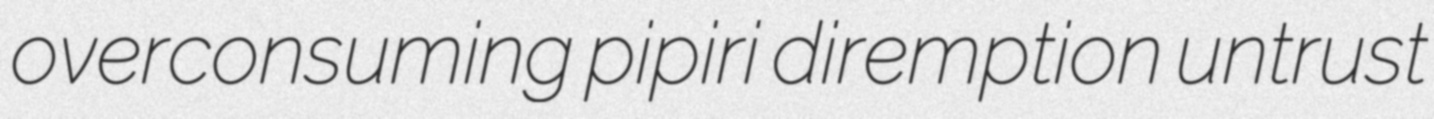
overconsuming pipiri diremption untrust